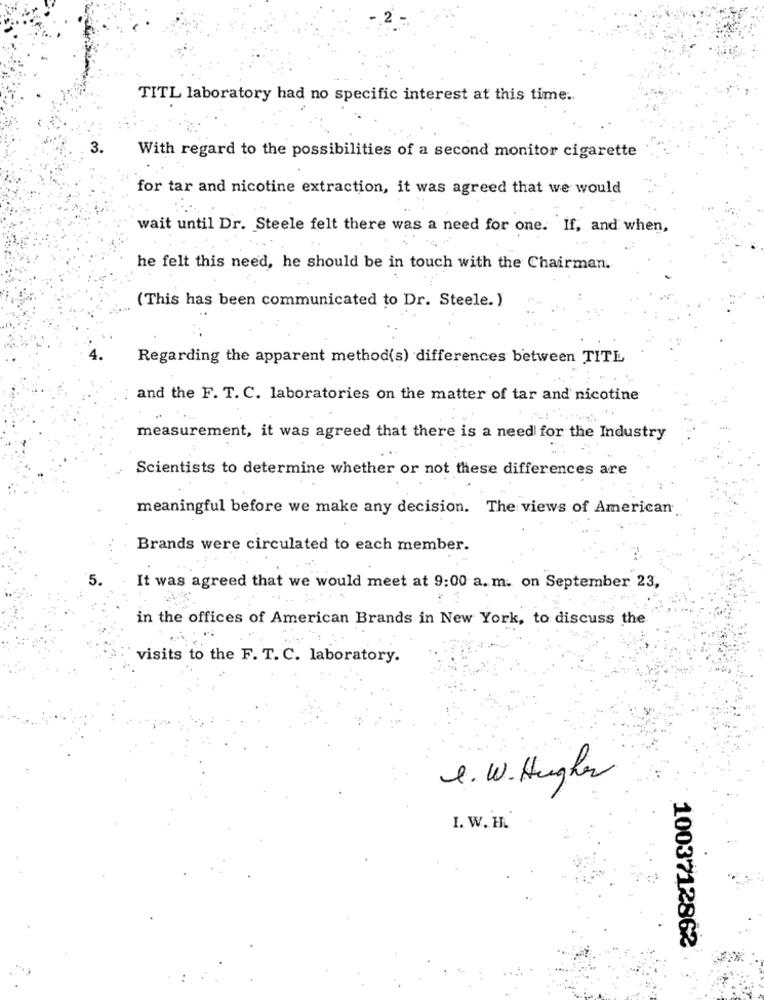
TITL laboratory had no specific interest at this time ..
With regard to the possibilities of a second monitor cigarette
for tar and nicotine extraction, it was agreed that we would
wait until Dr. Steele felt there was a need for one. If, and when,
he felt this need, he should be in touch with the Chairman.
(This has been communicated to Dr. Steele. )
Regarding the apparent method(s) differences between TITE
and the F. T. C. laboratories on the matter of tar and nicotine
measurement, it was agreed that there is a need for the Industry
Scientists to determine whether or not these differences are
meaningful before we make any decision. The views of American
Brands were circulated to each member.
It was agreed that we would meet at 9:00 a. m. on September 23,
in the offices of American Brands in New York, to discuss the
visits to the F. T. C. laboratory.
1. W. Hughes
I. W. H.
1003712862